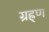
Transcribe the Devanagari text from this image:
ग्रह्र्ण